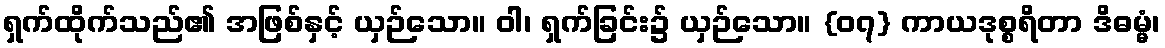
ရှက်ထိုက်သည်၏ အဖြစ်နှင့် ယှဉ်သော။ ဝါ၊ ရှက်ခြင်း၌ ယှဉ်သော။ {၀၇} ကာယဒုစ္စရိတာ ဒိဓမ္မံ၊